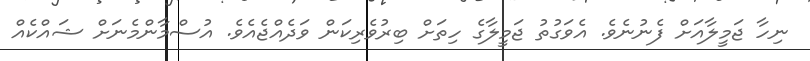
ނިހާ ޖަމީލާއަށް ފެނުނެވެ. އެވަގުތު ޖަމީލާގެ ހިތަށް ބިރުވެރިކަން ވަދެއްޖެއެވެ. އުސްމާންމެނަށް ޝައްކެއް